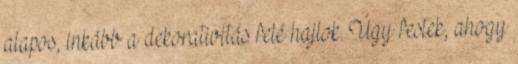
alapos, inkább a dekorativitás felé hajlok. Úgy festek, ahogy